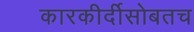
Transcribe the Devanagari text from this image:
कारकीर्दीसोबतच